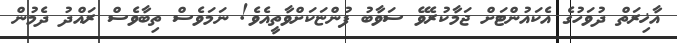
އާޚިރަތް ދުވަހުގެ އެކައުންޓަށް ޖަމާކުރެވޭ ސަވާބު ފުންޏަކަށްވާތީއެވެ! ނަމަވެސް ތިބާވެސް ރައްދު ދެމުން